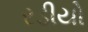
રડીયો